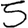
Digit: 5